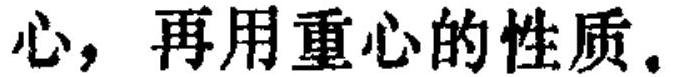
心，再用重心的性质。